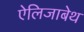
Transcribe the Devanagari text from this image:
ऐलिजाबेथ